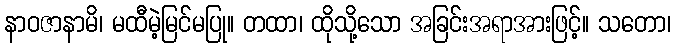
နာဝဇာနာမိ၊ မထီမဲ့မြင်မပြု။ တထာ၊ ထိုသို့သော အခြင်းအရာအားဖြင့်။ သတော၊